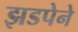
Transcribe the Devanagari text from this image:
झडपेने